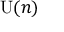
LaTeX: { \mathrm { U } } ( n )